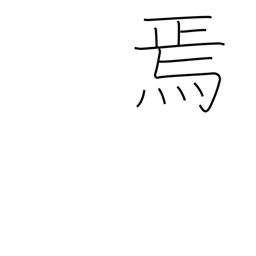
Meaning: then